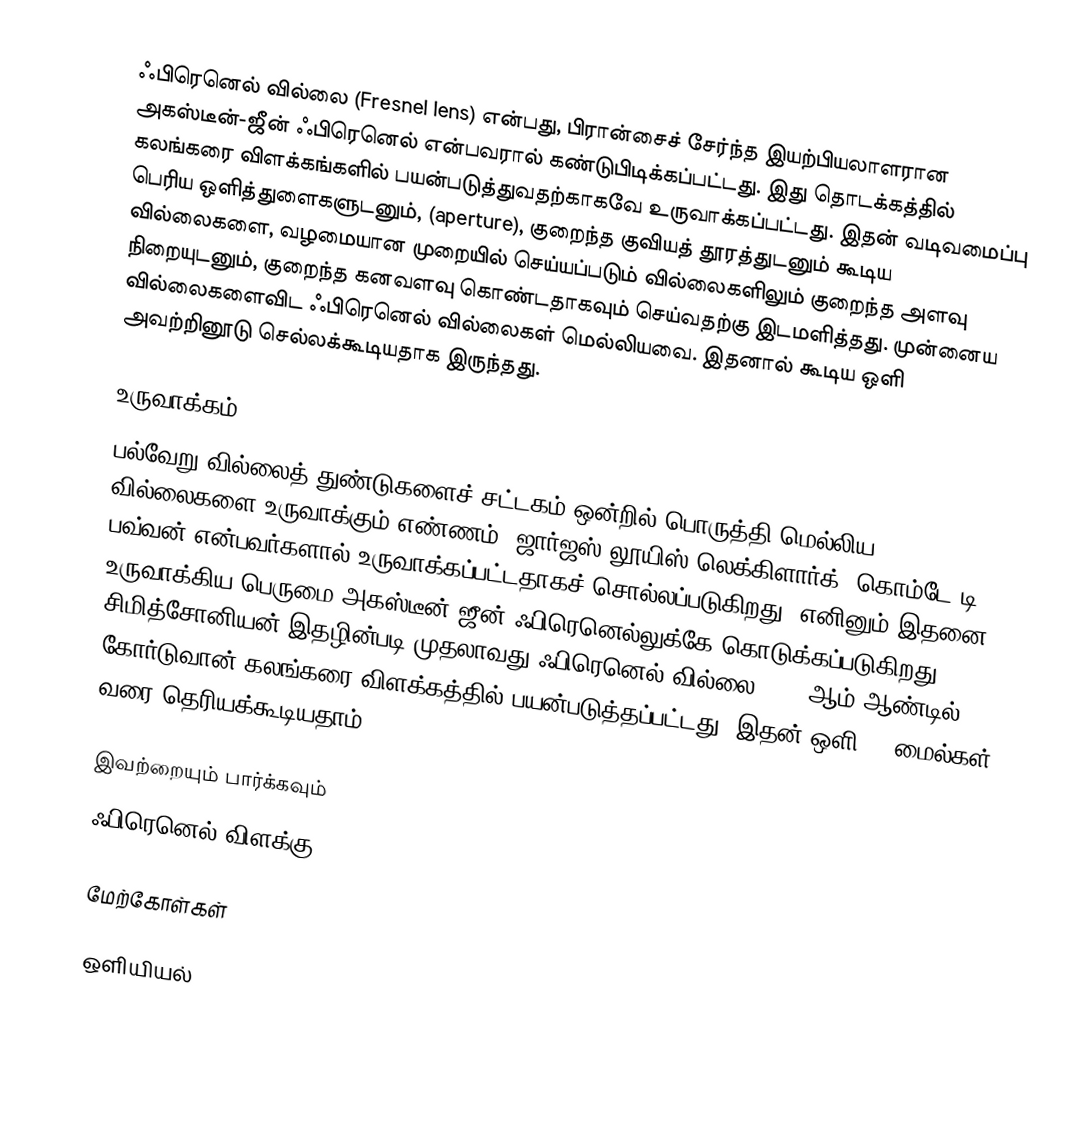
ஃபிரெனெல் வில்லை (Fresnel lens) என்பது, பிரான்சைச் சேர்ந்த இயற்பியலாளரான அகஸ்டீன்-ஜீன் ஃபிரெனெல் என்பவரால் கண்டுபிடிக்கப்பட்டது. இது தொடக்கத்தில் கலங்கரை விளக்கங்களில் பயன்படுத்துவதற்காகவே உருவாக்கப்பட்டது. இதன் வடிவமைப்பு பெரிய ஒளித்துளைகளுடனும், (aperture), குறைந்த குவியத் தூரத்துடனும் கூடிய வில்லைகளை, வழமையான முறையில் செய்யப்படும் வில்லைகளிலும் குறைந்த அளவு நிறையுடனும், குறைந்த கனவளவு கொண்டதாகவும் செய்வதற்கு இடமளித்தது. முன்னைய வில்லைகளைவிட ஃபிரெனெல் வில்லைகள் மெல்லியவை. இதனால் கூடிய ஒளி அவற்றினூடு செல்லக்கூடியதாக இருந்தது.

உருவாக்கம்
பல்வேறு வில்லைத் துண்டுகளைச் சட்டகம் ஒன்றில் பொருத்தி மெல்லிய வில்லைகளை உருவாக்கும் எண்ணம், ஜார்ஜஸ் லூயிஸ் லெக்கிளார்க், கொம்டே டி பவ்வன் என்பவர்களால் உருவாக்கப்பட்டதாகச் சொல்லப்படுகிறது. எனினும் இதனை உருவாக்கிய பெருமை அகஸ்டீன்-ஜீன் ஃபிரெனெல்லுக்கே கொடுக்கப்படுகிறது. சிமித்சோனியன் இதழின்படி முதலாவது ஃபிரெனெல் வில்லை 1823 ஆம் ஆண்டில் கோர்டுவான் கலங்கரை விளக்கத்தில் பயன்படுத்தப்பட்டது. இதன் ஒளி 20 மைல்கள் வரை தெரியக்கூடியதாம்.

இவற்றையும் பார்க்கவும்
 ஃபிரெனெல் விளக்கு

மேற்கோள்கள்

ஒளியியல்